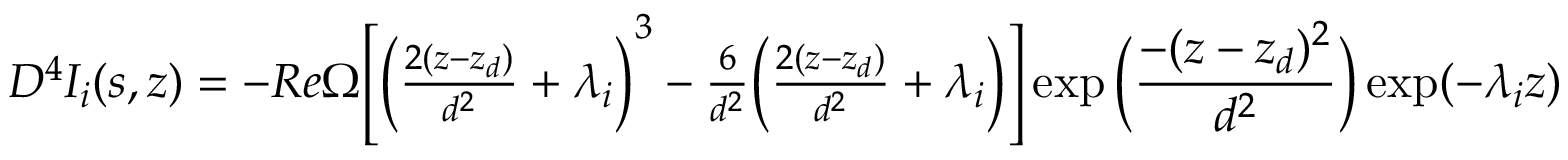
\begin{array} { r } { D ^ { 4 } I _ { i } ( s , z ) = - R e \Omega \Bigg [ \bigg ( \frac { 2 ( z - z _ { d } ) } { d ^ { 2 } } + \lambda _ { i } \bigg ) ^ { 3 } - \frac { 6 } { d ^ { 2 } } \bigg ( \frac { 2 ( z - z _ { d } ) } { d ^ { 2 } } + \lambda _ { i } \bigg ) \Bigg ] \exp \bigg ( \displaystyle \frac { - ( z - z _ { d } ) ^ { 2 } } { d ^ { 2 } } \bigg ) \exp ( - \lambda _ { i } z ) } \end{array}